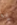
يا